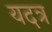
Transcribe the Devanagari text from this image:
यदत्र